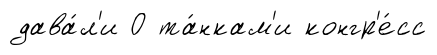
дава́л'и О та́нкам'и конгр'е́сс